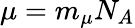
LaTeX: \mu=m_{\mu}N_{A}